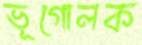
ভূগোলক